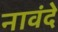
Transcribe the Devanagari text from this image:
नावंदे